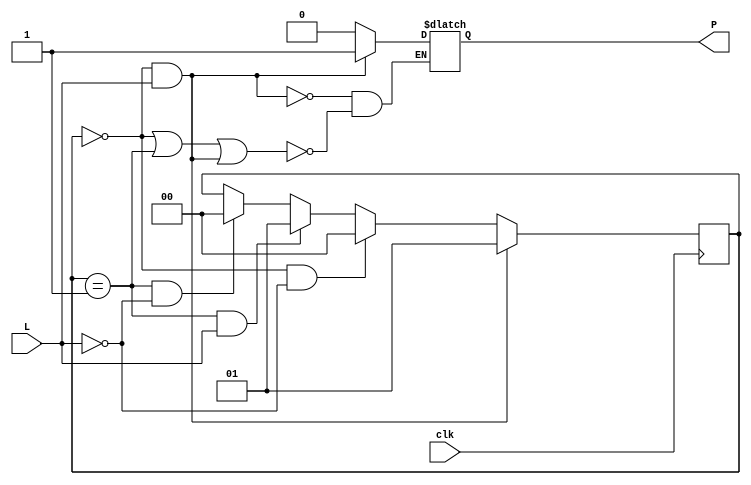
//MEALY
module level_to_pulse (
    input clk,  // Clock de entrada
    input L,    // Entrada L
    output reg P  // Sada P
);

    // Definio dos estados
    parameter A = 2'b00;
    parameter B = 2'b01;

    // Definio do registrador de estado
    reg [1:0] state;
    always @(posedge clk)
    begin
        if (state == A && L == 1)
            state <= B;
        else if (state == A && L == 0)
            state <= A;
        else if (state == B && L == 1)
            state <= B;
        else if (state == B && L == 0)
            state <= A;
    end

    // Gerao da sada P (BOTAO FILTRADO)
    always @(state)
    begin
        if (state == A && L == 1)
            P <= 1;
        else if (state == A || state == B || (state == A && L == 1))
            P <= 0;
    end

endmodule